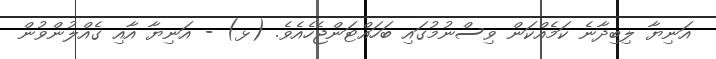
އަނިޔާ ލިބިދާނެ ކަމެއްކަން ވިސްނުމުގައި ބަހައްޓަންޖެހެއެވެ. (ޅ) - އަނިޔާ އާއި ގެއްލުންވުން